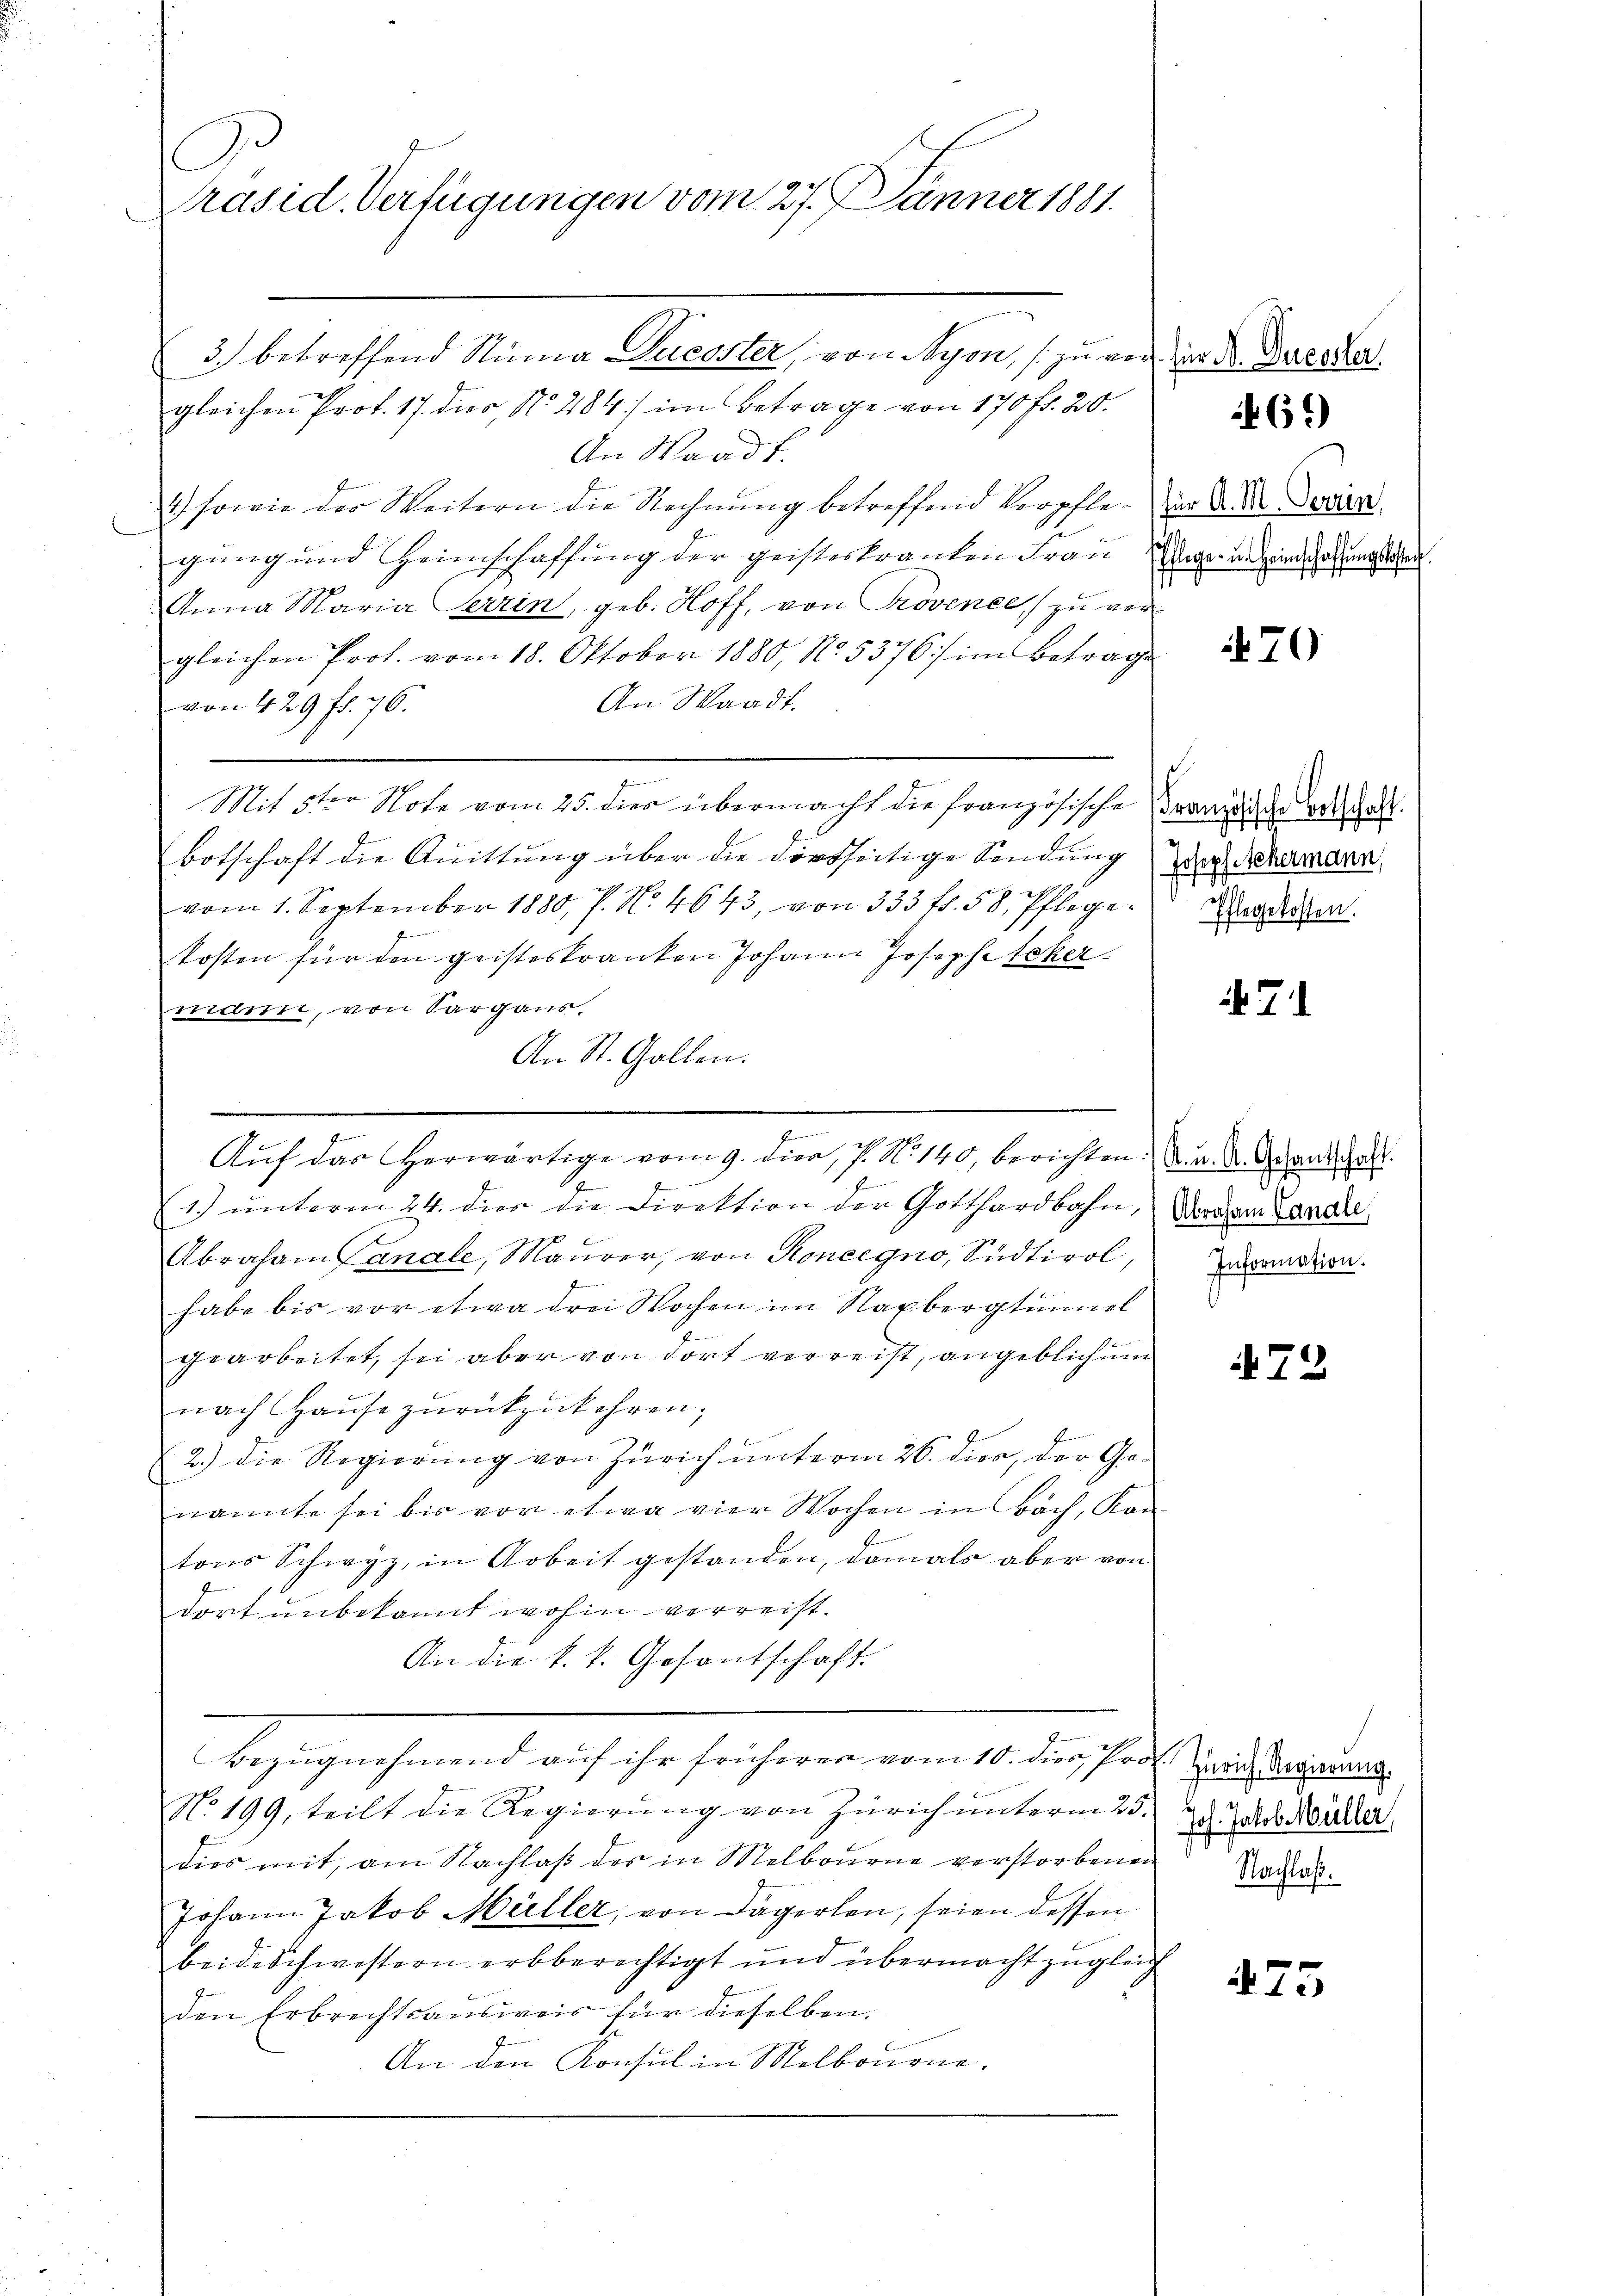
Präsid. Verfügungen vom 27. Jänner 1881.

3.) betreffend Stima Dücoster, von Nyon, zu vor
gleichen Prof. 17. dies No 484) im Betrage von 170 fr. 20.
An Waadt.
1) sowie der Weitern die Rechnŭng betreffend Verpfle- in d. d. Sovien
gung und Heimschaffung der geisterkranken Frau Gegen wegenschaftlichen
Anna Maria terrin, geb. Hoff, von Provence zu vergleichen Prof. vom 18. Oktober 1880, No. 5376 im Betrage
An Waadt.
von 429 ff. 76.
.
Mit 5ten Note vom 25. dies übermacht die französische Brandische Beschaft
Botschaft die Quittung über die dortseitige Sendung der Schemann,
vom 1. September 1880, P. No. 4643, von 333 ff. 58, Pflegekosten für den geisteskranken Johann Josephitekermann, von Sargaus,
An St. Gallen.
1) ŭnterm 24. dies die Direktion der Gotthardbahn,
Abraham Canale, Maurer, von Koncegno, Südtirol,
habe bis vor etwa drei Wochen im Napbergtunnel
gearbeitet, sei aber von dort verreist, angeblich um
nach Hause zurückzukehren;
2.) Die Regierung von Zürich unterm 26. dies, der Genannte sei bis vor etwa vier Wochen in Bach, Kon
tons Schwyz, in Arbeit gestanden, damals aber von
dort unbekannt wohin verreist.
An die k. k. Gesantschaft.
Bezugnehmend auf ihr früheren vom 10. dies, Prof. Zürich Regierung
N. 199, teilt die Regierung von Zürich unterm 25.
dies mit, am Nachlaß der in Melbourne verstorbenen
Johann Jakob Müller, von Dägerlen, seien dessen
beide Schwestern erbberechtigt und übermacht zugleich
den Erbrechtsausweis für dieselben.
An den Konsul in Melbourne.

7

e
Aŭf das herwärtige vom 9. dien, 7. No 140, berichten. a. a. A. Schantas

für A. Ducester.

469)

70

Pflegekosten.

71

Abraham Canale
Information.

72

Joh. Jakob Müller,
Nachlaß.

475